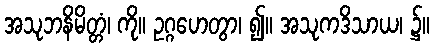
အသုဘနိမိတ္တံ၊ ကို။ ဥဂ္ဂဟေတွာ၊ ၍။ အသုကဒိသာယ၊ ၌။